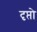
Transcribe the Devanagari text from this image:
दृप्तो